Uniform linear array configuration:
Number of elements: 24
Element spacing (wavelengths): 1
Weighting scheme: hamming
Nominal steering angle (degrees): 0
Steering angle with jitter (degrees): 1.201
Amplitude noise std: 0.05
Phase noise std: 0.05

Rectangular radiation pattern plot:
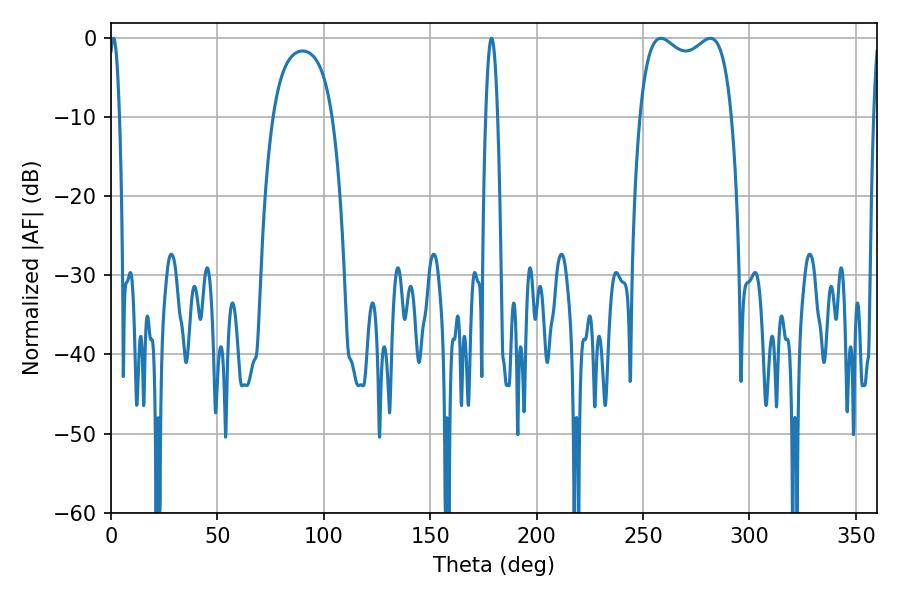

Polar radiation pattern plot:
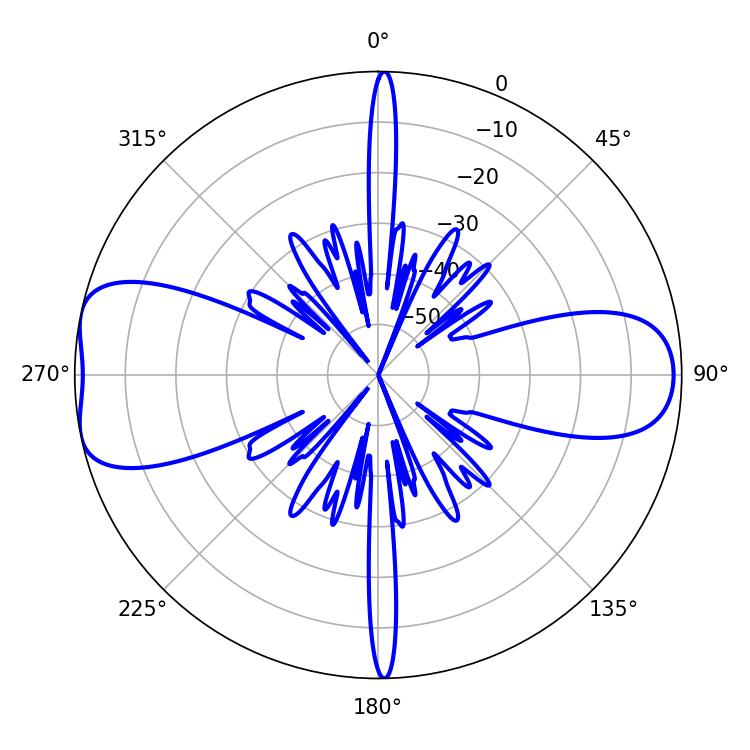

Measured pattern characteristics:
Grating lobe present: TRUE
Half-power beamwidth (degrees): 35.64
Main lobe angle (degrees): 258.3